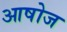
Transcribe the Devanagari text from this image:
आषोज